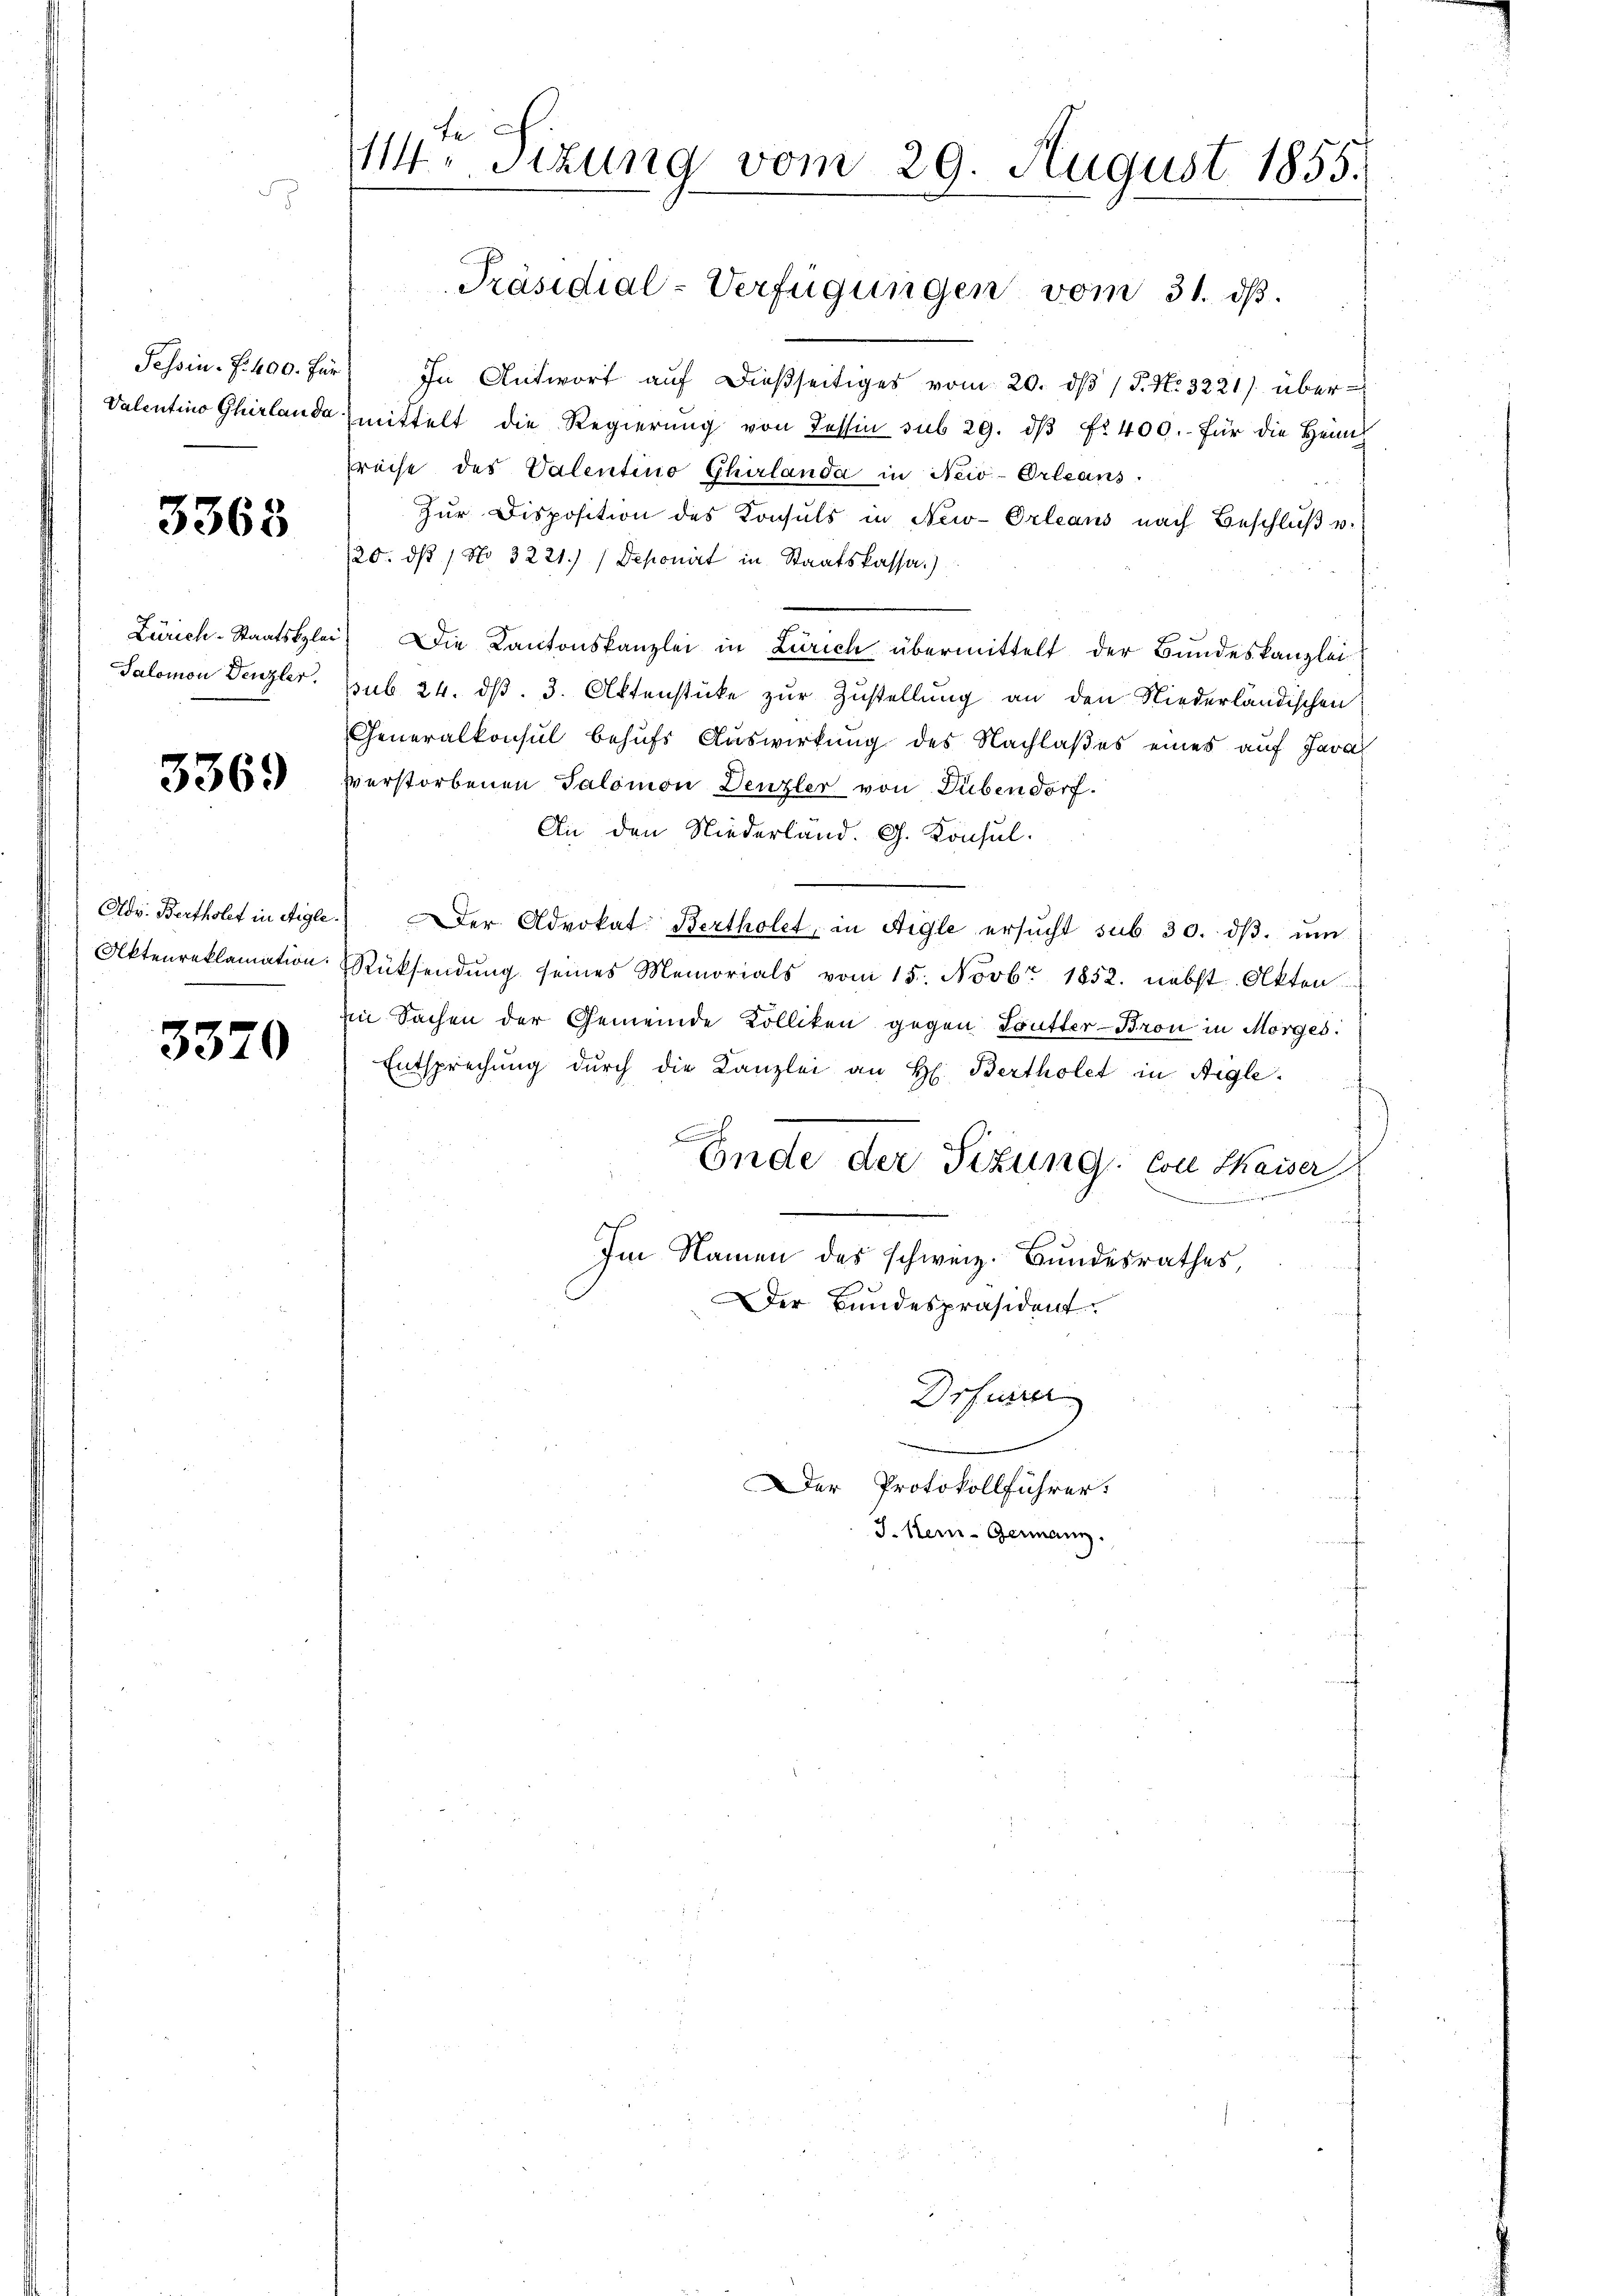
Valentino Ghirlande

3363

Zürich-Staatskla¬
Salomon Denzler.

3369

Adr. Bertholet in Aigle
Aktenreklamation.

3370

114. Sizung vom 29. August 1855.

Präsidial-Verfügungen vom 31. ds.

Tessin. 1400. für In Antwort aŭf dießseitiges vom 20. dβ / P. N. 3221) übermittelt die Regierŭng von Tessin sub 29. dβ fr 400. für die Heim
preise des Valentino Ghirlanda in New-Orleans
Zŭr Disposition des Konsuls in New-Orleans nach Beschlŭβ u.
/20. dβ / No 3221.) Deponirt in Staatskassa.)
Die Kantonskanzlei in Zürich übermittelt der Bundeskanzlei-
pub. 24. ds. 3. Aktenstücke zur Zustellung an den Niederländischen
Generalkonsul behufs Auswirkung des Nachlaßes eines auf Java
verstorbenen Salomon Denzler von Dübendorf.
An den Niederländ. G. Konsul
 Der Advokat Bertholet, in Aigle ersŭcht sub 30. dβ. ŭm
Rücksendung seines Memorials vom 15. Novbr. 1852. nebst Akten
in Sachen der Gemeinde Kolliken gegen Futter-Bron in Morges
Entsprechung dŭrch die Kanzlei an H. Bertholet in Aigle
A
Ende der Sitzung. Con Chaiser
i
Im Namen des schweiz. Bundesrathes
Der Bundespräsident.
Drfurrer
Der Protokollführer.
J. Kern-Germann.